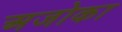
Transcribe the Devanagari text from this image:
अजोका